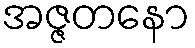
အဇ္ဇတနော